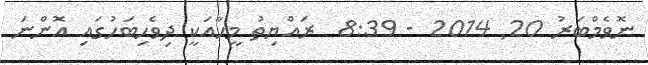
ނޮވެމްބަރު 20